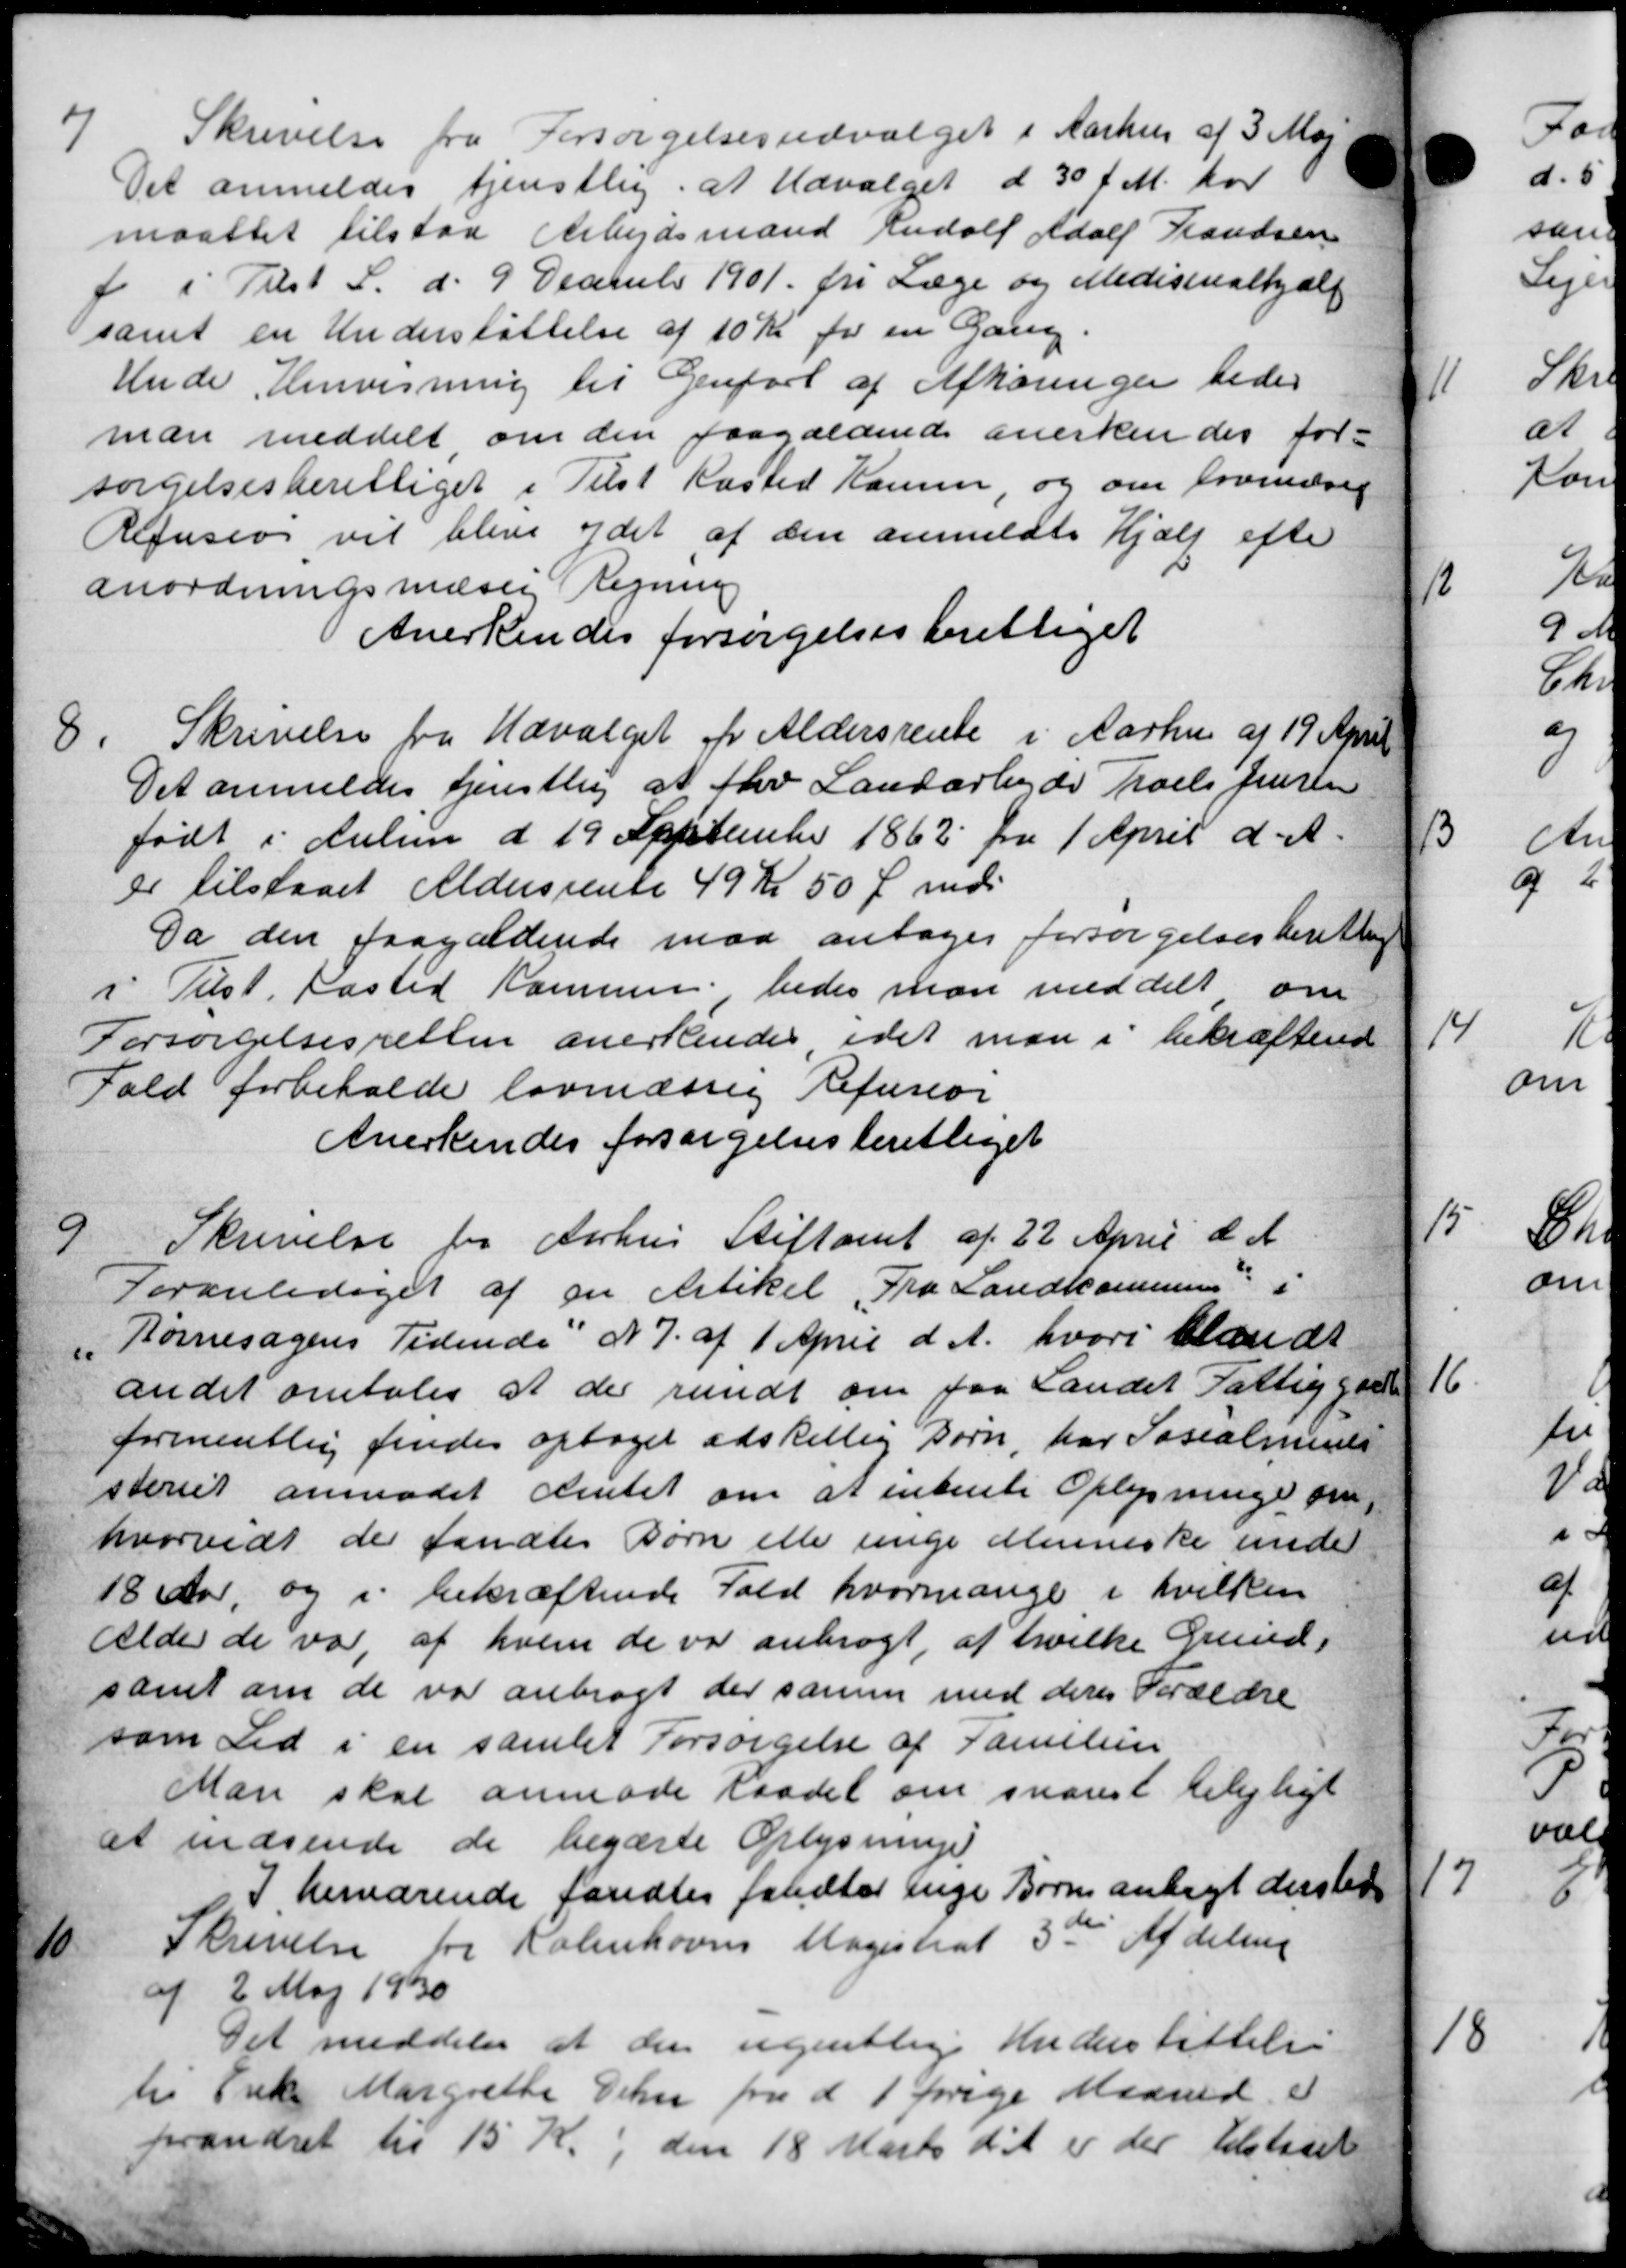
Transskription:
7
Skrivelse fra Forsørgelsesudvalget i Aarhus af 3 Maj
Det anmeldes tjenstlig, at Udvalget d 30 f. M. har
maattet tilstaa Arbejdsmand Rudolf Adolf Frandsen
i Tilst S. d. 9 December 1901 fri Læge og Medistrialhjælp
samt en Understøttelse af 10 Kr for en Gang.
Hede Henvisning til Genfort af Afhøringer bedes
man meddelt om den paagældende anerkendes for-
sørgelsesberettiget i Tilst Kasted Hansen, og om formæsig
Refusion vil blive ydet af den anmeldtes Hjælp efter
anordningsmæssig Regning
Anerkendes forsørgelsesberettiget
8.
Skrivelse fra Udvalget for Aldersrente i Aarhus af 19 April
Det anmeldes tjenstlig at fhv Landarbejde Troels Jensen
født i Aulum d 19 September 1862 fra 1 April d. A.
er tilstaaet Aldersrente 49 Kr 50 Ø md.
Da den paagældende mod antages forsørgelsesberettinge
i Tilst fasted Kommunen bedes man meddelt om
Forsørgelsesretten anerkendes idet man i bekræftend
Fald forbeholde lovmæssig Refusion
Anerkendes forsørgelsesberettiget
9
Skrivelse fra Aarhus Stiftamt af 22 April d. A.
Foranlediget af en Artikel Fra Landkommunen i
Børnesagens Tidende N. J. af 1 April d. A. hvori blandt
andet omtales at der rundt om paa Landet Fattiggaar
formentlig findes optaget adskellig Børn, har Socialminis
steriet anmodet Amtet om at entente Oplysninger om
hvorvidt der fandtes Børn eller unge denniske under
18 Aar, og i bekræftende Fald hvormange i hvilken
Alder de var af hvem de var anbragt, at hvilke Grund,
samt om de var anbragt der samme med deres Forældre
som tid i en samlet Forsørgelse af Familien
Man skal anmode Raadet om snarest telejligt
at indsende de begærte Oplysninger
I herværende fandtes faldtes enge Børn anlagt dersted

Skrivelse fra Københavns Magistrat 3de Afdeling
af 2 Maj 1930
Det meddeler at der ugentlige Understøttelse
til Enke Margrethe Den fra d. 1 perige Maaned e
prandret til 15 Kr., den 18 Marts d. A. er der tilstedet